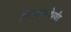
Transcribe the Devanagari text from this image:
कुमारावस्थेपर्यंत